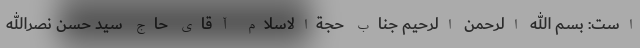
است: بسم الله الرحمن الرحیم جناب حجة‌الاسلام آقای حاج سید حسن نصرالله